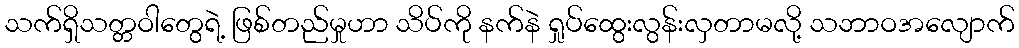
သက်ရှိသတ္တဝါတွေရဲ့ ဖြစ်တည်မှုဟာ သိပ်ကို နက်နဲ ရှုပ်ထွေးလွန်းလှတာမလို့ သဘာဝအလျောက်